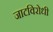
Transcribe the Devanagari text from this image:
जाटविरोधी